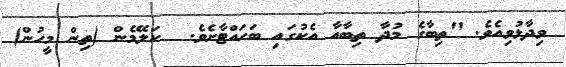
ވިދާޅުވިއެވެ. "ތިބާގެ މުދާ ތިބާއާ އެކުގައި ބަހައްޓާށެވެ.  ކަލޭމެން (ތިން މީހުން)